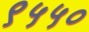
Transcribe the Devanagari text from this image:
९५५०